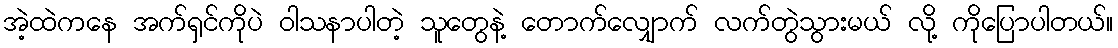
အဲ့ထဲကနေ အက်ရှင်ကိုပဲ ဝါသနာပါတဲ့ သူတွေနဲ့ တောက်လျှောက် လက်တွဲသွားမယ် လို့ ကိုပြောပါတယ်။